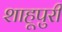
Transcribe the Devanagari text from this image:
शाहूपुरी